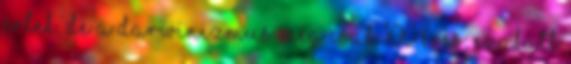
értek, de a darwinizmus még csak 100 éves; ezalatt